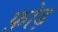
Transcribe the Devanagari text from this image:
फ़ोड़